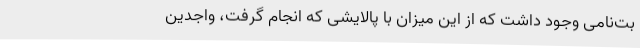
بت‌نامی وجود داشت که از این میزان با پالایشی که انجام گرفت، واجدین